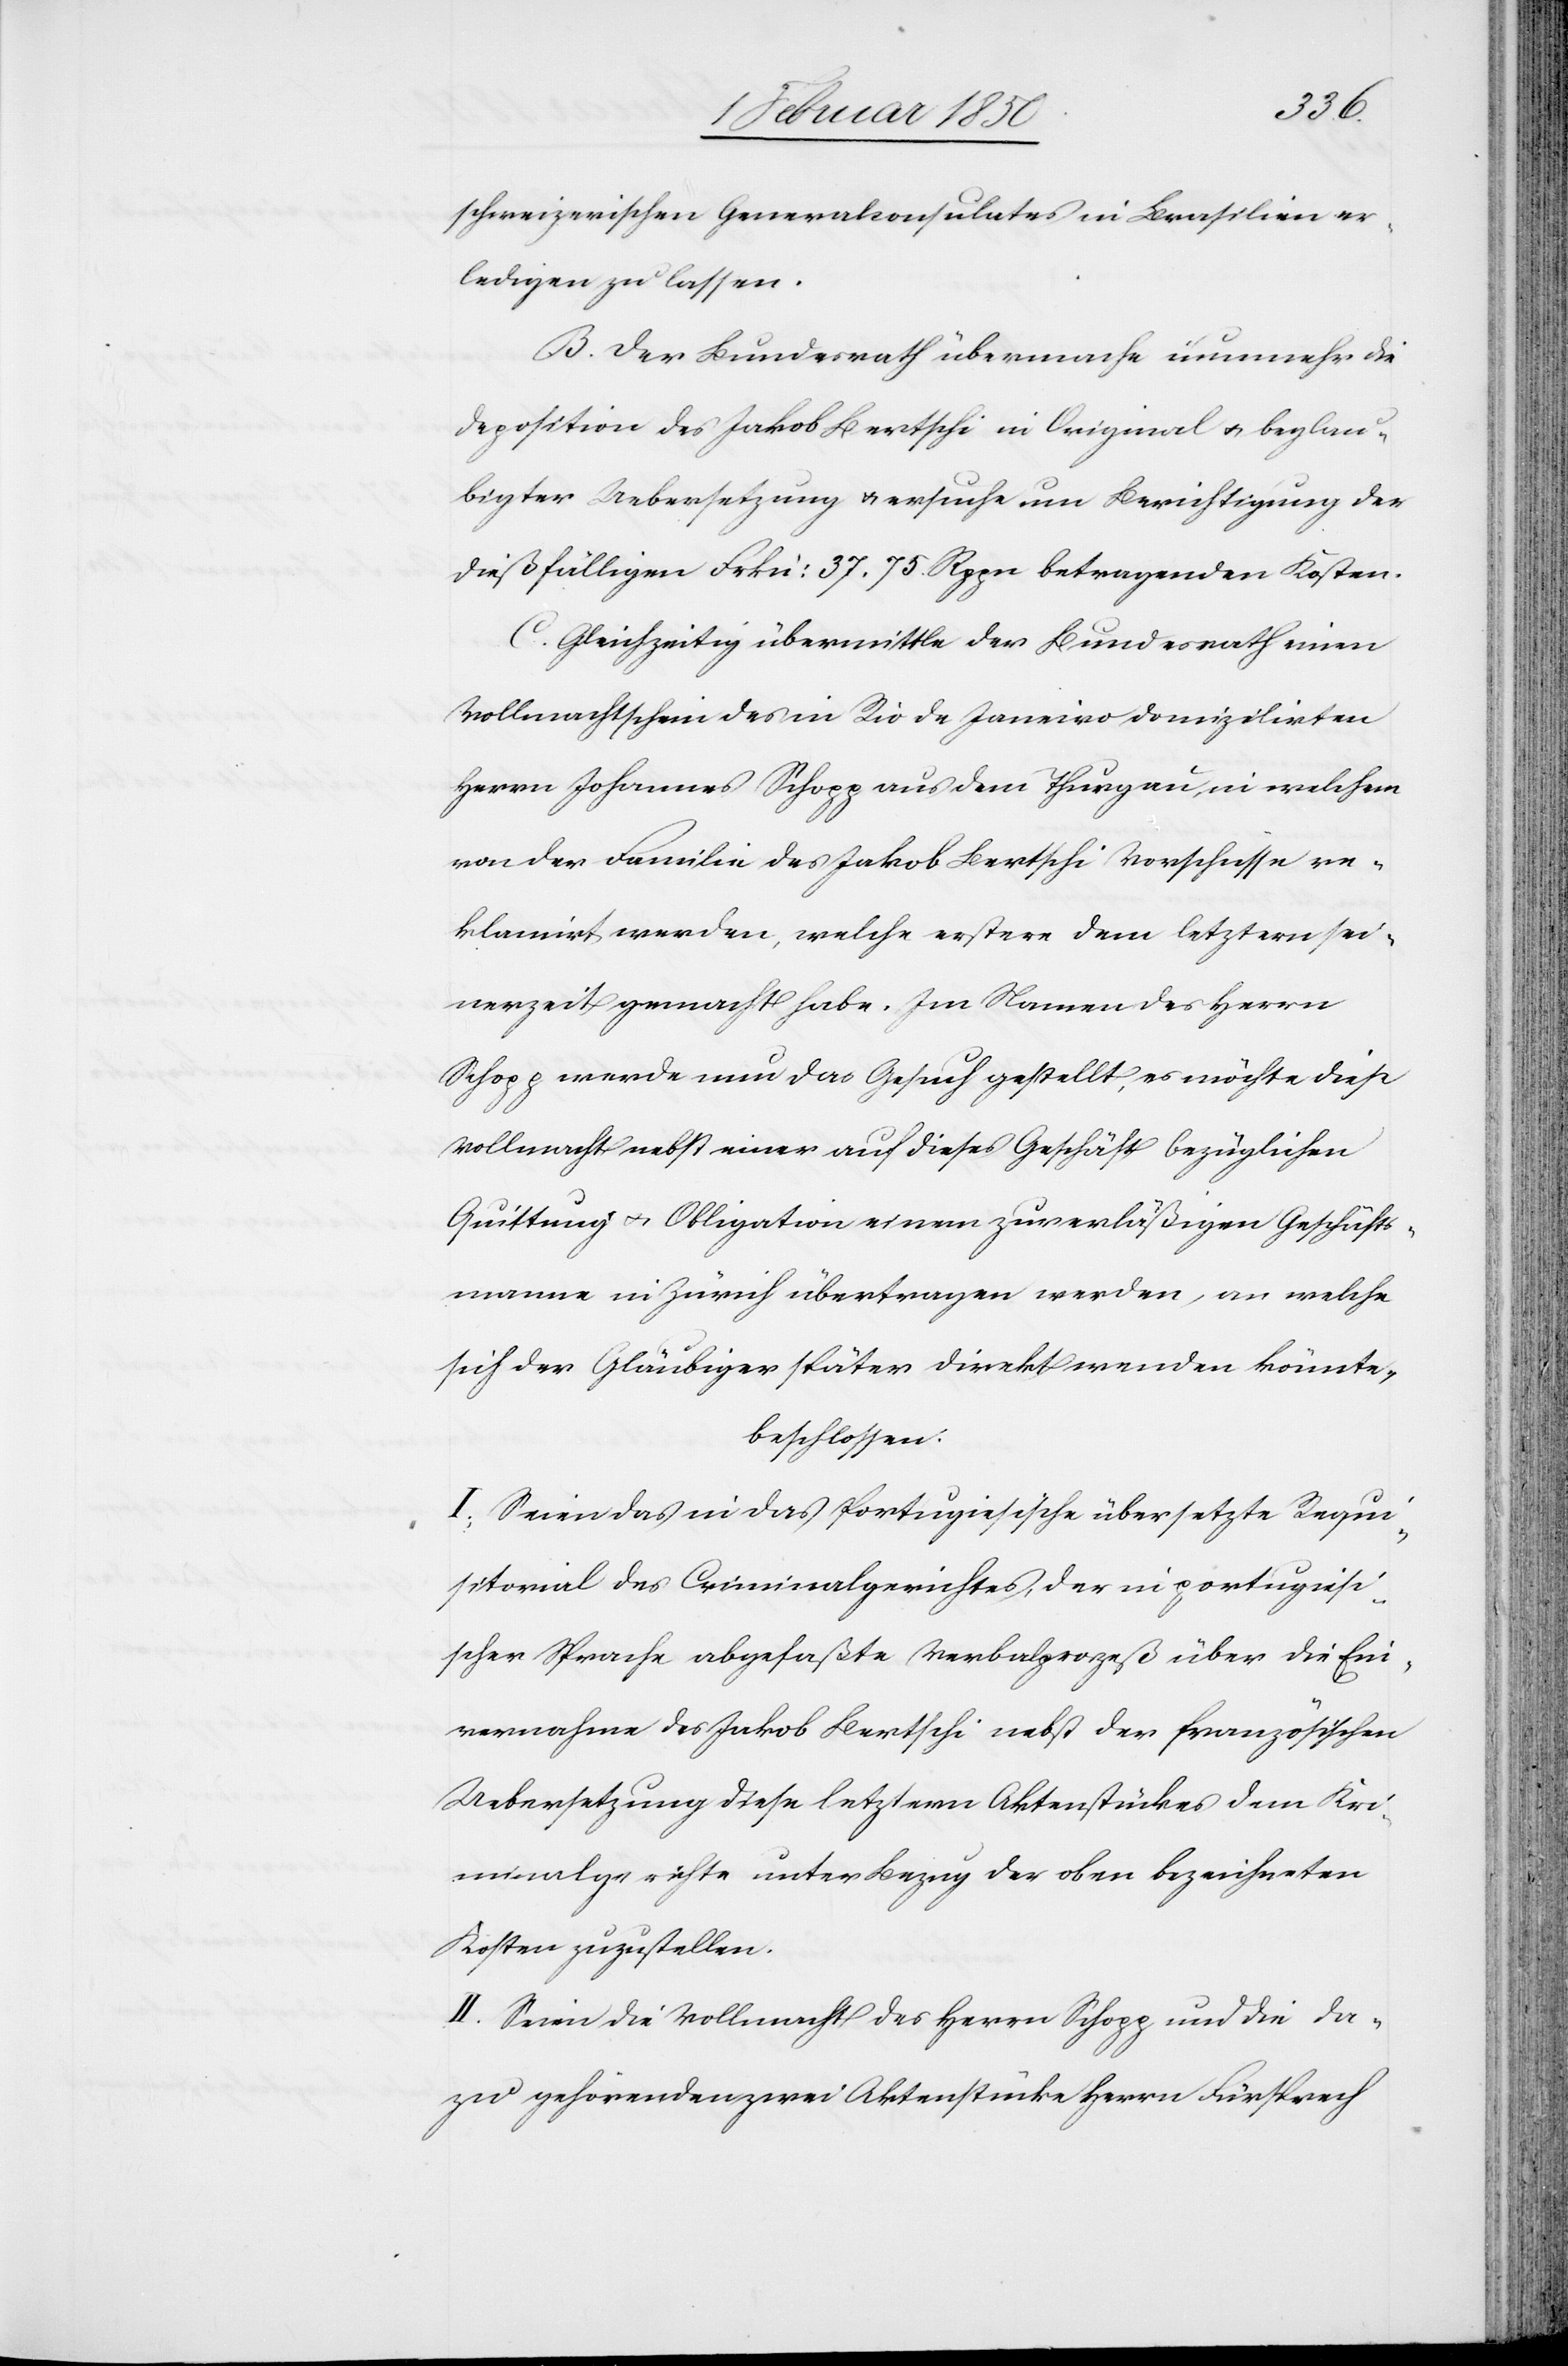
schweizerischen Generalconsulates in Brasilien er¬
ledigen zu lassen.
B. Der Bundesrath übermache nunmehr die
Deposition des Jakob Bertschi in Original u. beglau¬
bigter Uebersetzung u. ersuche um Berichtigung der
dießfälligen Frkn: 37. 75. Rppn betragenden Kosten.
C. Gleichzeitig übermittle der Bundesrath einen
Vollmachtschein des in Rio de Janeiro domizilirten
Herrn Johannes Schopp aus dem Thurgau, in welchem
von der Familie des Jakob Bertschi Vorschüsse re¬
klamirt werden, welche erstere dem letztern sei¬
nerzeit gemacht habe. Im Namen des Herrn
Schopp werde nun das Gesuch gestellt, es möchte diese
Vollmacht nebst einer auf dieses Geschäft bezüglichen
Quittung u. Obligation einem zuverläßigen Geschäfts¬
manne in Zürich übertragen werden, an welche
sich der Gläubiger später direkt wenden könnte,
beschlossen:
I. Seien das in das Portugiesische übersetzte Requis¬
itorial des Criminalgerichtes, der in portugiesi¬
scher Sprache abgefaßte Verbalprozeß über die Ein¬
vernahme des Jakob Bertschi nebst der französischen
Uebersetzung diese letztern Aktenstückes dem Kr¬
iminalgerichte unter Bezug der oben bezeichneten
Kosten zuzustellen.
II. Seien die Vollmacht des Herrn Schopp und die da¬
zu gehörenden zwei Aktenstücke Herrn Fürsprech